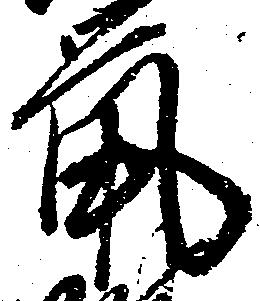
鼠